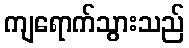
ကျရောက်သွားသည်